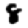
Digit: 8